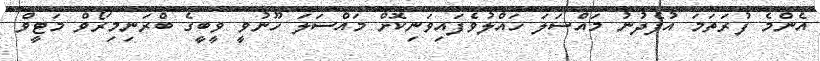
އެންމެ ފުރަތަމަ އުފެދުނު މައްސަލަ ހައްލުވެފައިވަނިކޮށް މައްސަލަ ހޫނުވީ ވީބީގެ ބްރަނިމިރޯވް މަޓީވް